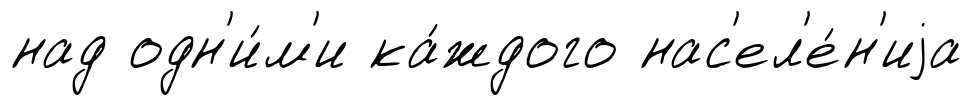
над одн'и́м'и ка́ждого нас'ел'е́н'иjа